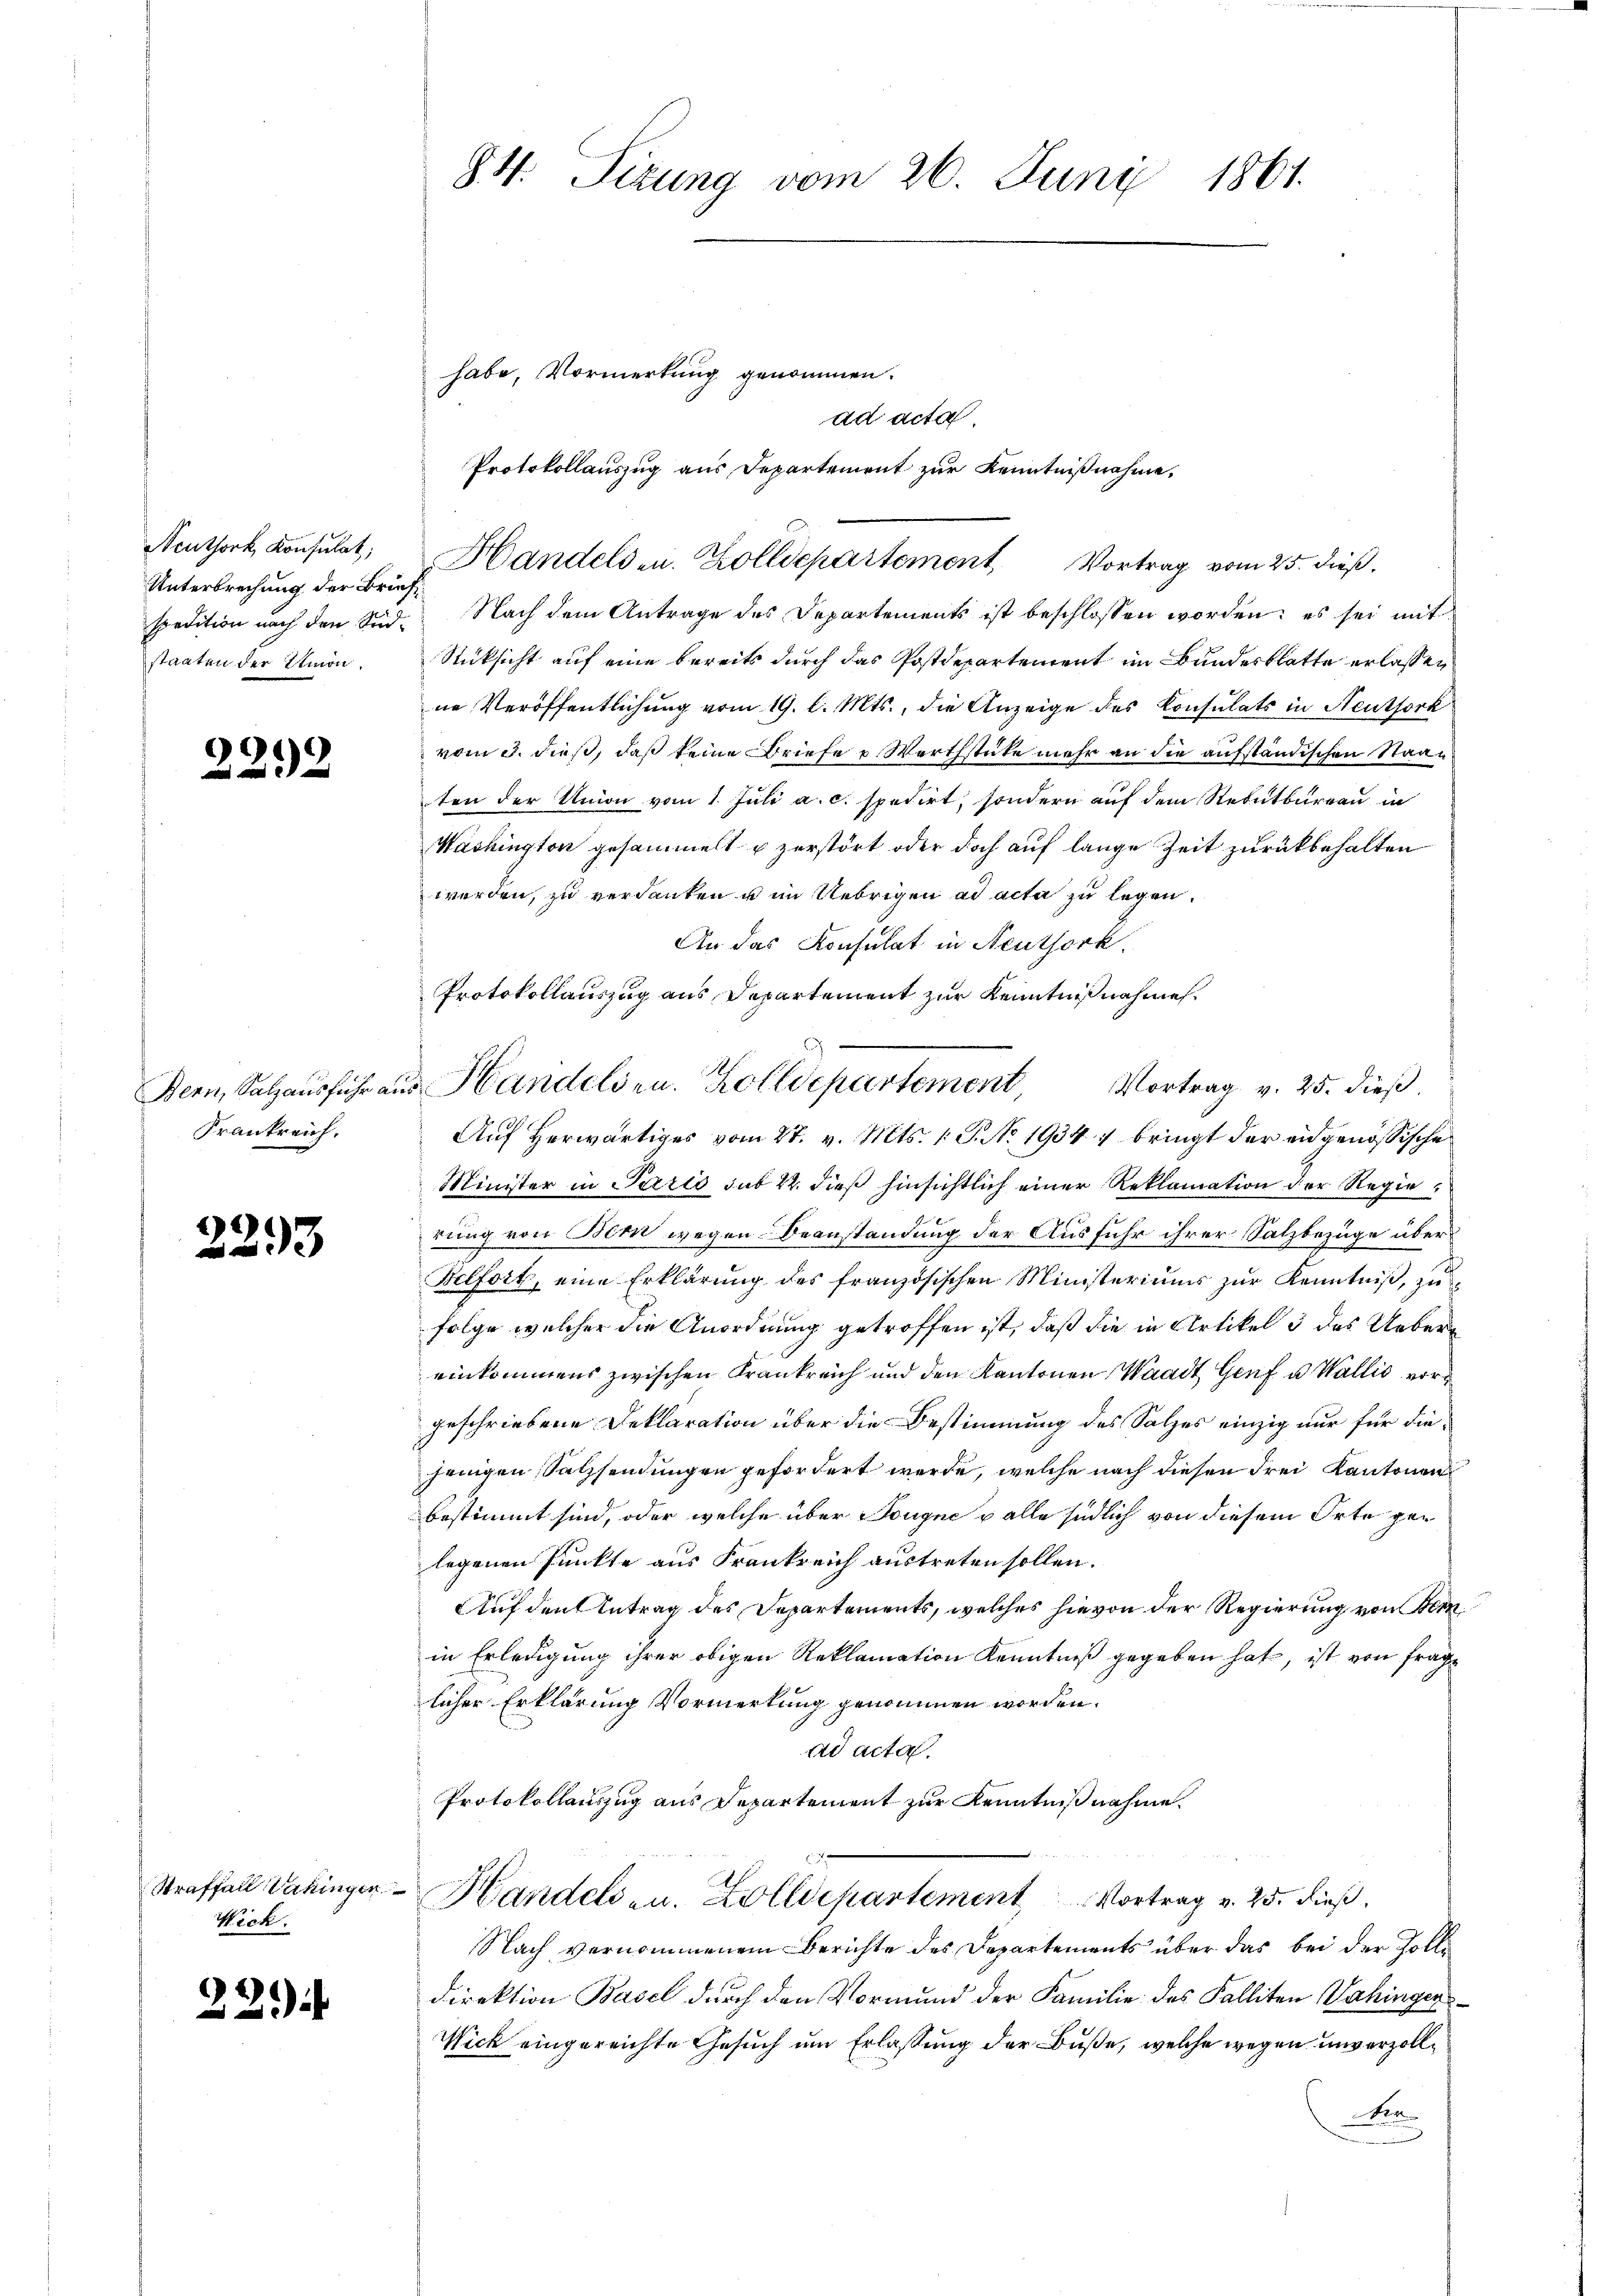
Neuthork, Konsulat,
Unterbrechung der Briefspedition nach den Südstaaten der Etmon

2

32

Bern, Salzausführ an
Frankreich.

2293

Straffall Vahingen
Werk.

221)

84. Sizung vom 26. Juni 1861.

habe, Vormerkung genommen.
Nach dem Antrage des Departements ist beschlossen worden; es sei mit
Rücksicht auf eine bereits durch das Postdepartement im Bundesblatte erlassen
ne Veröffentlichung vom 19. l. Mts., die Anzeige des Konsulats in Neuthork
vom 3. dieß, daß keine Briefe u. Werthstüke mehr an die aufständischen Staaten der Union vom 1. Juli a.c. spedirt, sondern auf dem Rebutbureau in
Washington gesammelt u zerstört oder doch auf lange Zeit zurückbehalten
werden, zu verdanken u im Uebrigen ad acta zu legen.
An das Konsulat in Neuthork
Protokollauszug aus Departement zur Kenntnißnahme.
Auf herwärtiges vom 27. v. Mts. 1. P. No. 1934 :/ bringt der eidgenössische
Minister in Pario sub 22. dieß hinsichtlich einer Reklamation der Regierung von Bem wegen Beanstandung der Ausfuhr ihrer Salzbezüge über¬
Belfort, eine Erklärung des französischen Ministeriums zur Kenntniß, zu
folge welcher die Anordnung getroffen ist, daß die in Artikel 3 des Uebereinkommens zwischen Krankreich und den Kantonen Waadt Genf u. Wallis vorgeschriebene Deklaration über die Bestimmung des Salzes einzig nur für diejeingen Satzsendungen gefordert werde, welche nach diesen Frei Kantonen
bestimmt sind, oder welche über Sougne alle südlich von diesem Orte gelegenen Punkte aus Frankreich austreten sollen.
Auf den Antrag des Departements, welches hievon der Regierung von Bern
in Erledigung ihrer obigen Reklamation Kenntniß gegeben hat, ist von fraglicher Erklärung Vormerkung genommen worden.
ad acta.
Protokollauszug aus Departement zur Kenntnißnahme.
Handels- u. Zolldepartement Vortrag v. 25. dieß.
Nach vernommenem Berichte des Departements über das bei der Zolle
Direktion Basel durch den Vormund der Familie des Falliten Wahinger
Wick eingereichte Gesuch um Erlassung der Buße, welche wegen unverzollx

ad acta
Protokollauszug aus Departement zur Kenntnißnahme,

Handelsen. Zolldepartement, Vortrag vom 25. dieß.

u Handelsr. Zolldepartement Vortrag v. 25. dieβ.